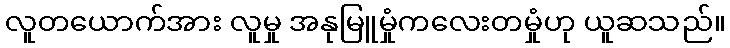
လူတယောက်အား လူမှု အနုမြူမှုံကလေးတမှုံဟု ယူဆသည်။